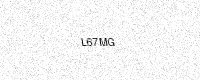
Text: L67MG